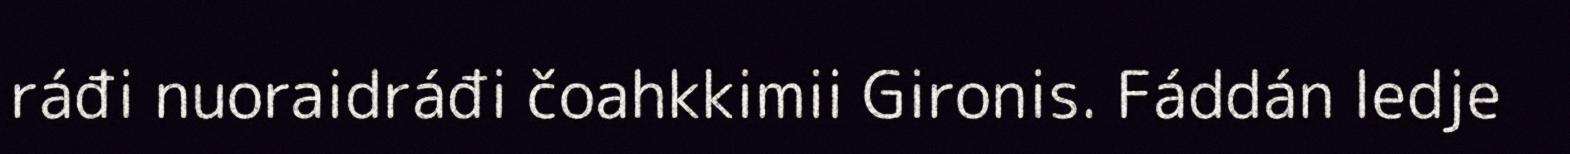
ráđi nuoraidráđi čoahkkimii Gironis. Fáddán ledje